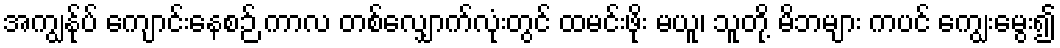
အကျွန်ုပ် ကျောင်းနေစဉ် ကာလ တစ်လျှောက်လုံးတွင် ထမင်းဖိုး မယူ၊ သူတို့ မိဘများ ကပင် ကျွေးမွေး၍